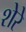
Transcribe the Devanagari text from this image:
शेरेे